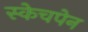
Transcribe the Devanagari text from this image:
स्केचपेन